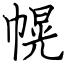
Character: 幌